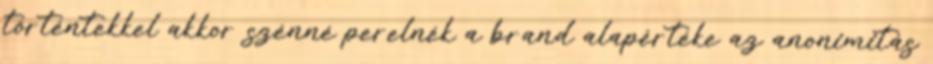
történtekkel akkor szénné perelnék a brand alapértéke az anonimitás